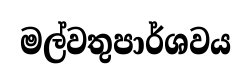
මල්වතුපාර්ශවය